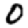
Digit: 0